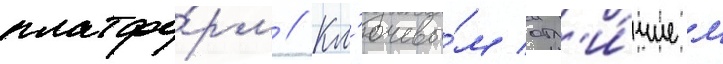
платфо́рм // Кл'ючевы́м отл'и́чием